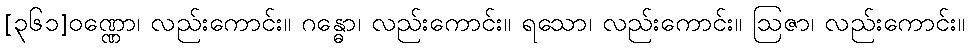
[၃၆၁]ဝဏ္ဏော၊ လည်းကောင်း။ ဂန္ဓော၊ လည်းကောင်း။ ရသော၊ လည်းကောင်း။ ဩဇာ၊ လည်းကောင်း။